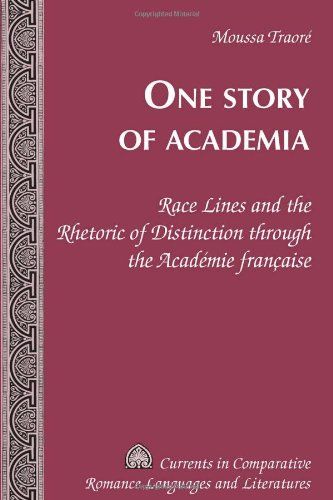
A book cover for One Story of Academia: Race Lines and the Rhetoric of Distinction through the AcadÃ©mie franÃ§aise (Currents in Comparative Romance Languages and Literatures); Moussa TraorÃ©; Politics & Social Sciences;